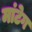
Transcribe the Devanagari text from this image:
मांटेग